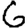
Digit: 6